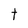
Character: t